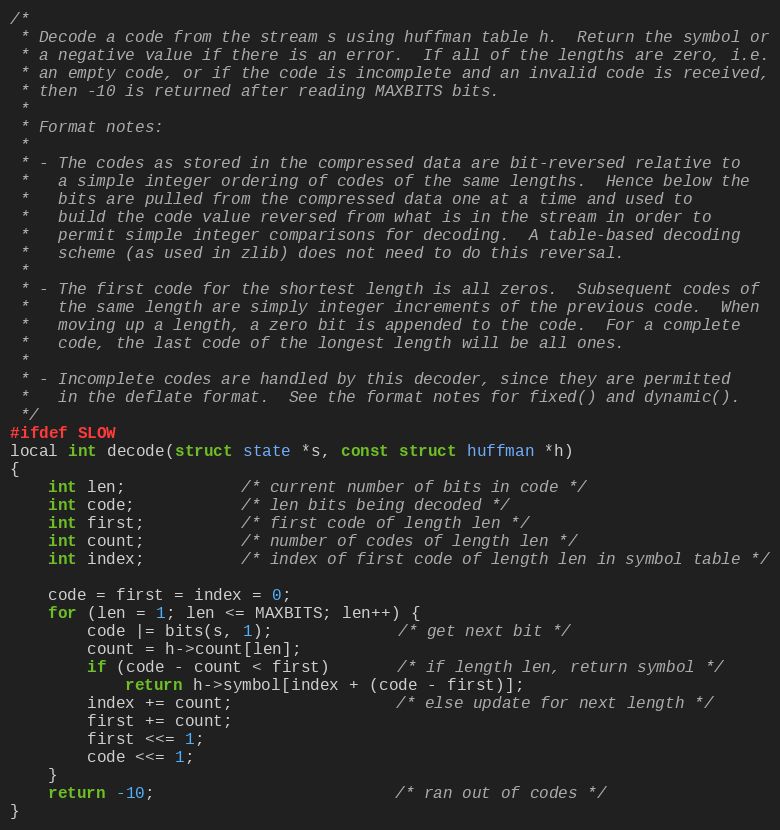
Language: C
/*
 * Decode a code from the stream s using huffman table h.  Return the symbol or
 * a negative value if there is an error.  If all of the lengths are zero, i.e.
 * an empty code, or if the code is incomplete and an invalid code is received,
 * then -10 is returned after reading MAXBITS bits.
 *
 * Format notes:
 *
 * - The codes as stored in the compressed data are bit-reversed relative to
 *   a simple integer ordering of codes of the same lengths.  Hence below the
 *   bits are pulled from the compressed data one at a time and used to
 *   build the code value reversed from what is in the stream in order to
 *   permit simple integer comparisons for decoding.  A table-based decoding
 *   scheme (as used in zlib) does not need to do this reversal.
 *
 * - The first code for the shortest length is all zeros.  Subsequent codes of
 *   the same length are simply integer increments of the previous code.  When
 *   moving up a length, a zero bit is appended to the code.  For a complete
 *   code, the last code of the longest length will be all ones.
 *
 * - Incomplete codes are handled by this decoder, since they are permitted
 *   in the deflate format.  See the format notes for fixed() and dynamic().
 */
#ifdef SLOW
local int decode(struct state *s, const struct huffman *h)
{
    int len;            /* current number of bits in code */
    int code;           /* len bits being decoded */
    int first;          /* first code of length len */
    int count;          /* number of codes of length len */
    int index;          /* index of first code of length len in symbol table */

    code = first = index = 0;
    for (len = 1; len <= MAXBITS; len++) {
        code |= bits(s, 1);             /* get next bit */
        count = h->count[len];
        if (code - count < first)       /* if length len, return symbol */
            return h->symbol[index + (code - first)];
        index += count;                 /* else update for next length */
        first += count;
        first <<= 1;
        code <<= 1;
    }
    return -10;                         /* ran out of codes */
}